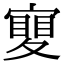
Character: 𡕹